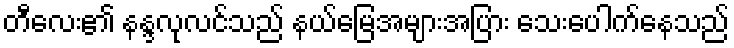
တီလေး၏ နန္ဒလုလင်သည် နယ်မြေအများအပြား သေးပေါက်နေသည်